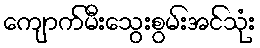
ကျောက်မီးသွေးစွမ်းအင်သုံး